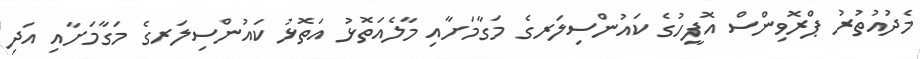
މެދުއުތުރު ޕްރޮވިންސް އޮފީހުގެ ކައުންސިލަރގެ މަގާމަށާއި މާލެއަތޮޅު އަތޮޅު ކައުންސިލަރގެ މަގާމަށާއި އަދި